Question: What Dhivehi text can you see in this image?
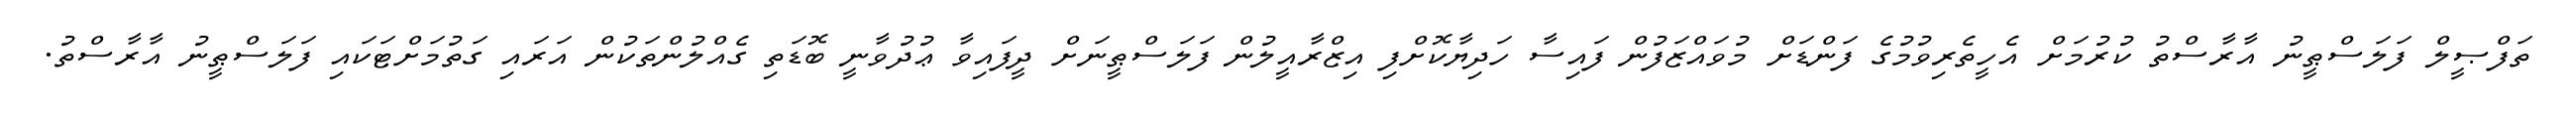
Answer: ތަފްޞީލް ފަލަސްޠީނު އާރާސްތު ކުރުމަށް އެހީތެރިވުމުގެ ފަންޑަށް މުވައްޒަފުން ފައިސާ ހަދިޔާކޮށްފި އިޒްރާއީލުން ފަލަސްޠީނަށް ދީފައިވާ ޢުދުވާނީ ބޮޑަތި ގެއްލުންތަކުން އަރައި ގަތުމަށްޓަކައި ފަލަސްޠީނު އާރާސްތު.